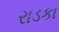
રાડકા